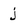
Character: j